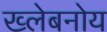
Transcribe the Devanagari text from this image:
ख्लेबनोय